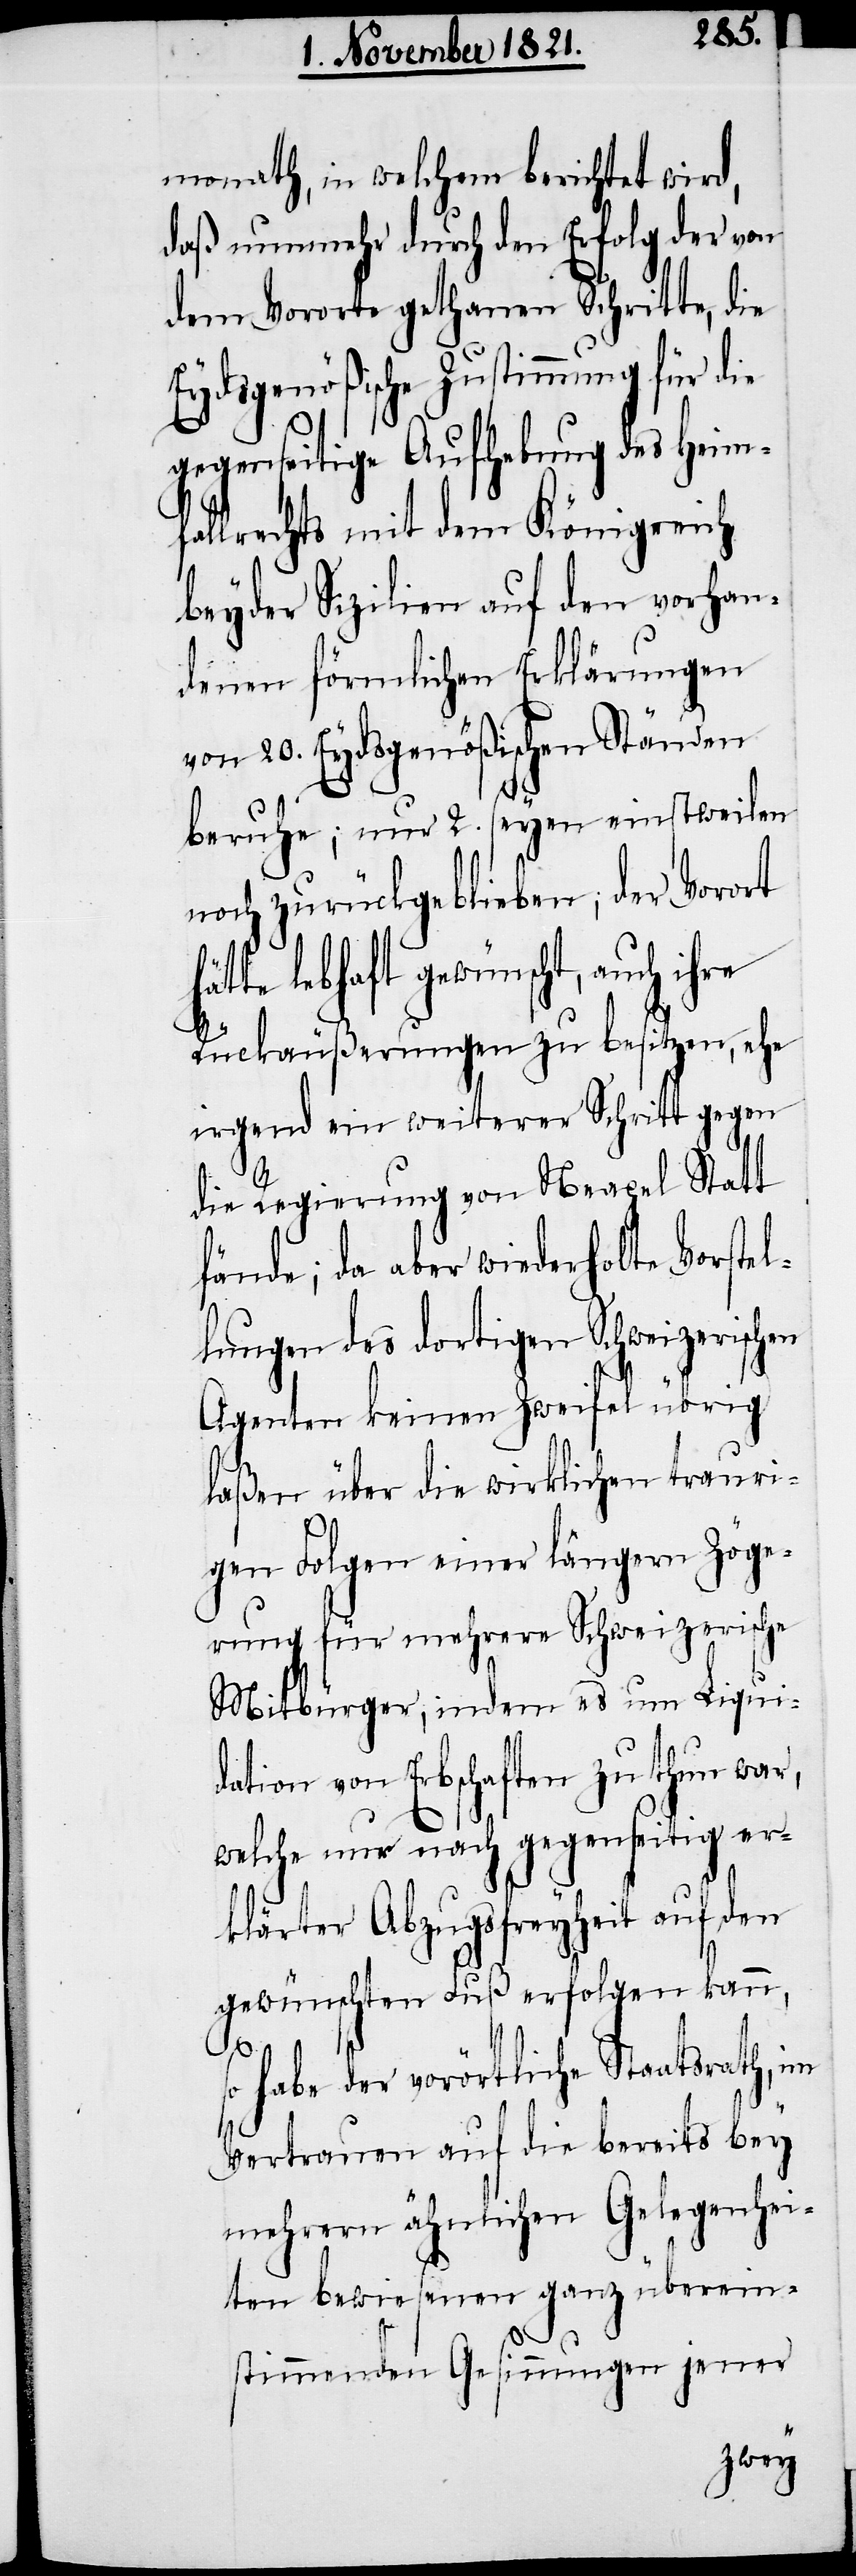
monath, in welchem berichtet wird,
daß nunmehr durch den Erfolg der von
dem Vororte gethanen Schritte, die
Eydsgenößische Zustimmung für die
gegenseitige Aufhebung des Heimf¬
allrechts mit dem Königreich
beyder Sizilien auf den vorhan¬
denen förmlichen Erklärungen
von 20. Eydsgenößischen Ständen
beruhe; nur 2. seyen einstweilen
noch zurückgeblieben; der Vorort
lebhaft gewünscht, auch
Rückäußerungen zu besitzen, ehe
irgend ein weiterer Schritt gegen
die Regierung von Neapel Statt
fände; da aber wiederholte Vorstel¬
lungen des dortigen Schweizerischen
Agenten keinen Zweifel übrig
laßen über die wirklichen trauri¬
gen Folgen einer längern Zöge¬
rung für mehrere Schweizerische
Mitbürger, indem es um Liqui¬
dation von Erbschaften zu thun war,
welche nur nach gegenseitig er¬
klärter Abzugsfreyheit auf den
gewünschten Fuß erfolgen kann,
s¬
o habe der vorörtliche Staatsrath, im
Vertrauen auf die bereits bey
mehrern ähnlichen Gelegenhei¬
ten bewiesenen ganz überein¬
stimmenden Gesinnungen jener